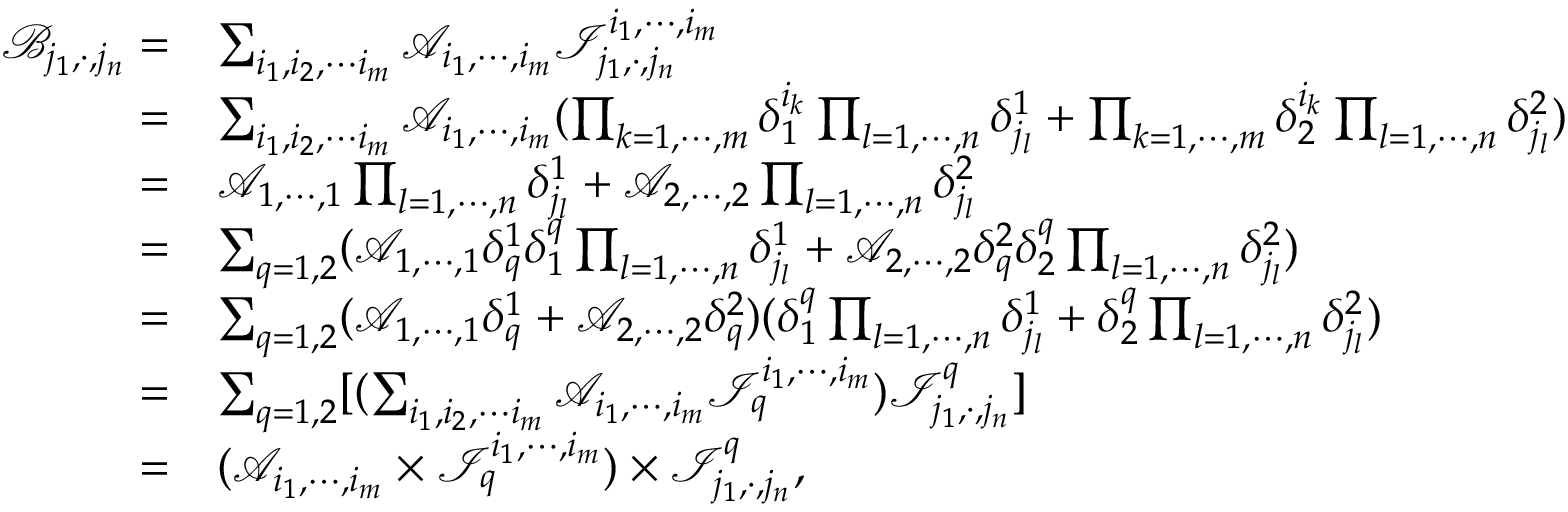
\begin{array} { r l } { \mathcal { B } _ { j _ { 1 } , \cdot , j _ { n } } = } & { \sum _ { i _ { 1 } , i _ { 2 } , \cdots i _ { m } } \mathcal A _ { i _ { 1 } , \cdots , i _ { m } } \mathcal { I } _ { j _ { 1 } , \cdot , j _ { n } } ^ { i _ { 1 } , \cdots , i _ { m } } } \\ { = } & { \sum _ { i _ { 1 } , i _ { 2 } , \cdots i _ { m } } \mathcal A _ { i _ { 1 } , \cdots , i _ { m } } ( \prod _ { k = 1 , \cdots , m } \delta _ { 1 } ^ { i _ { k } } \prod _ { l = 1 , \cdots , n } \delta _ { j _ { l } } ^ { 1 } + \prod _ { k = 1 , \cdots , m } \delta _ { 2 } ^ { i _ { k } } \prod _ { l = 1 , \cdots , n } \delta _ { j _ { l } } ^ { 2 } ) } \\ { = } & { \mathcal A _ { 1 , \cdots , 1 } \prod _ { l = 1 , \cdots , n } \delta _ { j _ { l } } ^ { 1 } + \mathcal A _ { 2 , \cdots , 2 } \prod _ { l = 1 , \cdots , n } \delta _ { j _ { l } } ^ { 2 } } \\ { = } & { \sum _ { q = 1 , 2 } ( \mathcal A _ { 1 , \cdots , 1 } \delta _ { q } ^ { 1 } \delta _ { 1 } ^ { q } \prod _ { l = 1 , \cdots , n } \delta _ { j _ { l } } ^ { 1 } + \mathcal A _ { 2 , \cdots , 2 } \delta _ { q } ^ { 2 } \delta _ { 2 } ^ { q } \prod _ { l = 1 , \cdots , n } \delta _ { j _ { l } } ^ { 2 } ) } \\ { = } & { \sum _ { q = 1 , 2 } ( \mathcal A _ { 1 , \cdots , 1 } \delta _ { q } ^ { 1 } + \mathcal A _ { 2 , \cdots , 2 } \delta _ { q } ^ { 2 } ) ( \delta _ { 1 } ^ { q } \prod _ { l = 1 , \cdots , n } \delta _ { j _ { l } } ^ { 1 } + \delta _ { 2 } ^ { q } \prod _ { l = 1 , \cdots , n } \delta _ { j _ { l } } ^ { 2 } ) } \\ { = } & { \sum _ { q = 1 , 2 } [ ( \sum _ { i _ { 1 } , i _ { 2 } , \cdots i _ { m } } \mathcal A _ { i _ { 1 } , \cdots , i _ { m } } \mathcal { I } _ { q } ^ { i _ { 1 } , \cdots , i _ { m } } ) \mathcal { I } _ { j _ { 1 } , \cdot , j _ { n } } ^ { q } ] } \\ { = } & { ( \mathcal A _ { i _ { 1 } , \cdots , i _ { m } } \times \mathcal { I } _ { q } ^ { i _ { 1 } , \cdots , i _ { m } } ) \times \mathcal { I } _ { j _ { 1 } , \cdot , j _ { n } } ^ { q } , } \end{array}